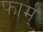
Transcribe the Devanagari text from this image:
फार्म्